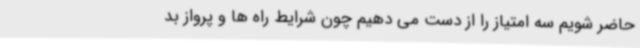
حاضر شویم سه امتیاز را از دست می دهیم چون شرایط راه ها و پرواز بد